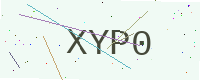
Text: XYP0